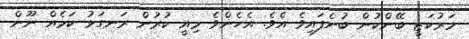
މަރުކަޒީ ބޭންކުން ބުނެފައިވެ އެވެ. އެހެންވެ މިއީ ކުރުން ރަނގަޅު ކަމެއް ނޫން